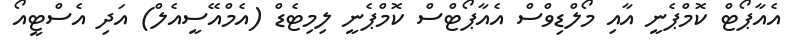
އެއާޕޯޓް ކޮމްޕެނީ އާއި މޯލްޑިވްސް އެއާޕޯޓްސް ކޮމްޕެނީ ލިމިޓެޑް (އެމްއޭސީއެލް) އަދި އެސްޓީއޯ